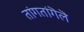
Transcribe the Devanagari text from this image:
तांगतांगॆलॆ